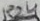
Text: R24